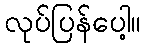
လုပ်ပြန်ပေါ့။